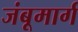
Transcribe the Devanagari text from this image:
जंबूमार्ग